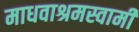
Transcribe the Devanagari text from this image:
माधवाश्रमस्वामी